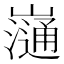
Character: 𡾁